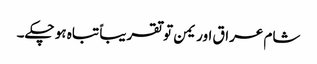
شام عراق اور یمن تو تقریباً تباہ ہو چکے۔